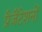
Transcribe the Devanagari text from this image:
प्रैजैंटेशनों